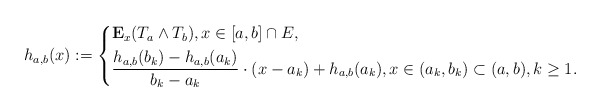
\begin{align*}h_{a,b}(x):=\left\lbrace\begin{aligned}&\mathbf{E}_x(T_a\wedge T_b),x\in [a,b]\cap E, \\&\frac{h_{a,b}(b_k)-h_{a,b}(a_k)}{b_k-a_k}\cdot (x-a_k)+h_{a,b}(a_k),x\in (a_k,b_k)\subset (a,b), k\geq 1. \end{aligned}\right.\end{align*}